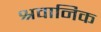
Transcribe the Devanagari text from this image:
श्रवानिक